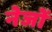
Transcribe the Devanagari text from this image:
नेजों